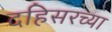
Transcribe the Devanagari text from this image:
दहिसरच्या